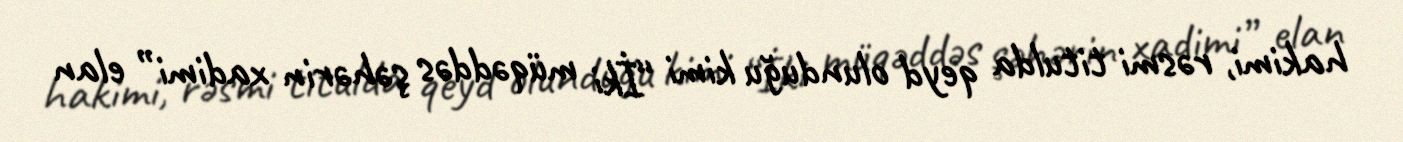
hakimi, rəsmi titulda qeyd olunduğu kimi “İki müqəddəs şəhərin xadimi” elan